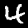
Digit: 4